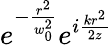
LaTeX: e^{-\frac{r^{2}}{w_{0}^{2}}}e^{i\frac{kr^{2}}{2z}}